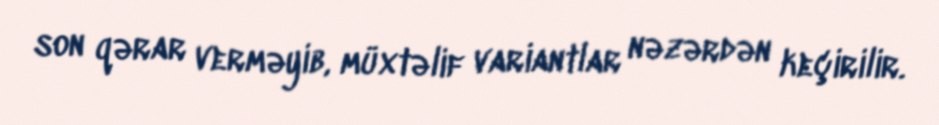
son qərar verməyib, müxtəlif variantlar nəzərdən keçirilir.